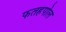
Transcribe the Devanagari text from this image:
फतहपोल